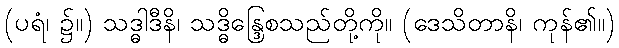
(ပရံ၊ ၌။) သဒ္ဓါဒီနိ၊ သဒ္ဓိန္ဒြေစသည်တို့ကို။ (ဒေသိတာနိ၊ ကုန်၏။)